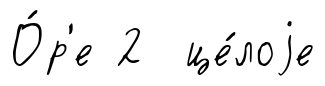
О́р'е 2 це́лоjе